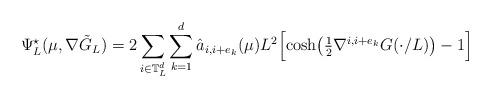
LaTeX: \begin{align*} \Psi^\star_L(\mu, \nabla \tilde G_L) = 2\sum_{i\in\mathbb T_L^d}\sum_{k=1}^d \hat a_{i,i+e_k}(\mu) L^2\Bigl[\cosh\bigl(\tfrac 12 \nabla^{i,i+e_k}G(\cdot/L)\bigr)-1\Bigr]\end{align*}